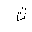
Letter: _tha